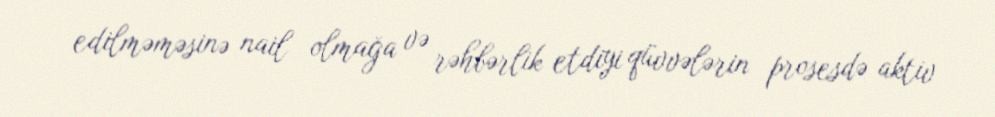
edilməməsinə nail olmağa və rəhbərlik etdiyi qüvvələrin prosesdə aktiv